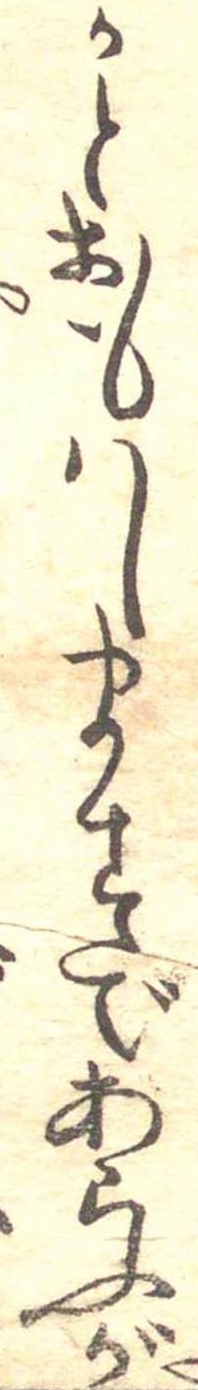
かとおもはしますであらふが